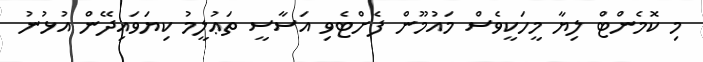
މި ކޮމެންޓް ލިޔާ މީހަކީވެސް މައުމޫން ފެށްޓެވި އަސާސީ ތަޢުލީމު ކިޔަވައިދޭން އުޅުނު